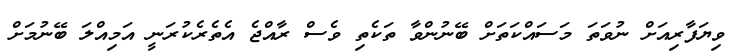
ވިޔަފާރިއަށް ނުވަތަ މަސައްކަތަށް ބޭނުންވާ ތަކެތި ވެސް ރާއްޖެ އެތެރެކުރަނީ އަމިއްލަ ބޭނުމަށް